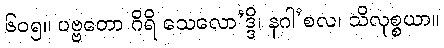
၆၀၅။ ပဗ္ဗတော ဂိရိ သေလော’ဒ္ဒိ၊ နဂါ’စလ၊ သိလုစ္စယာ။